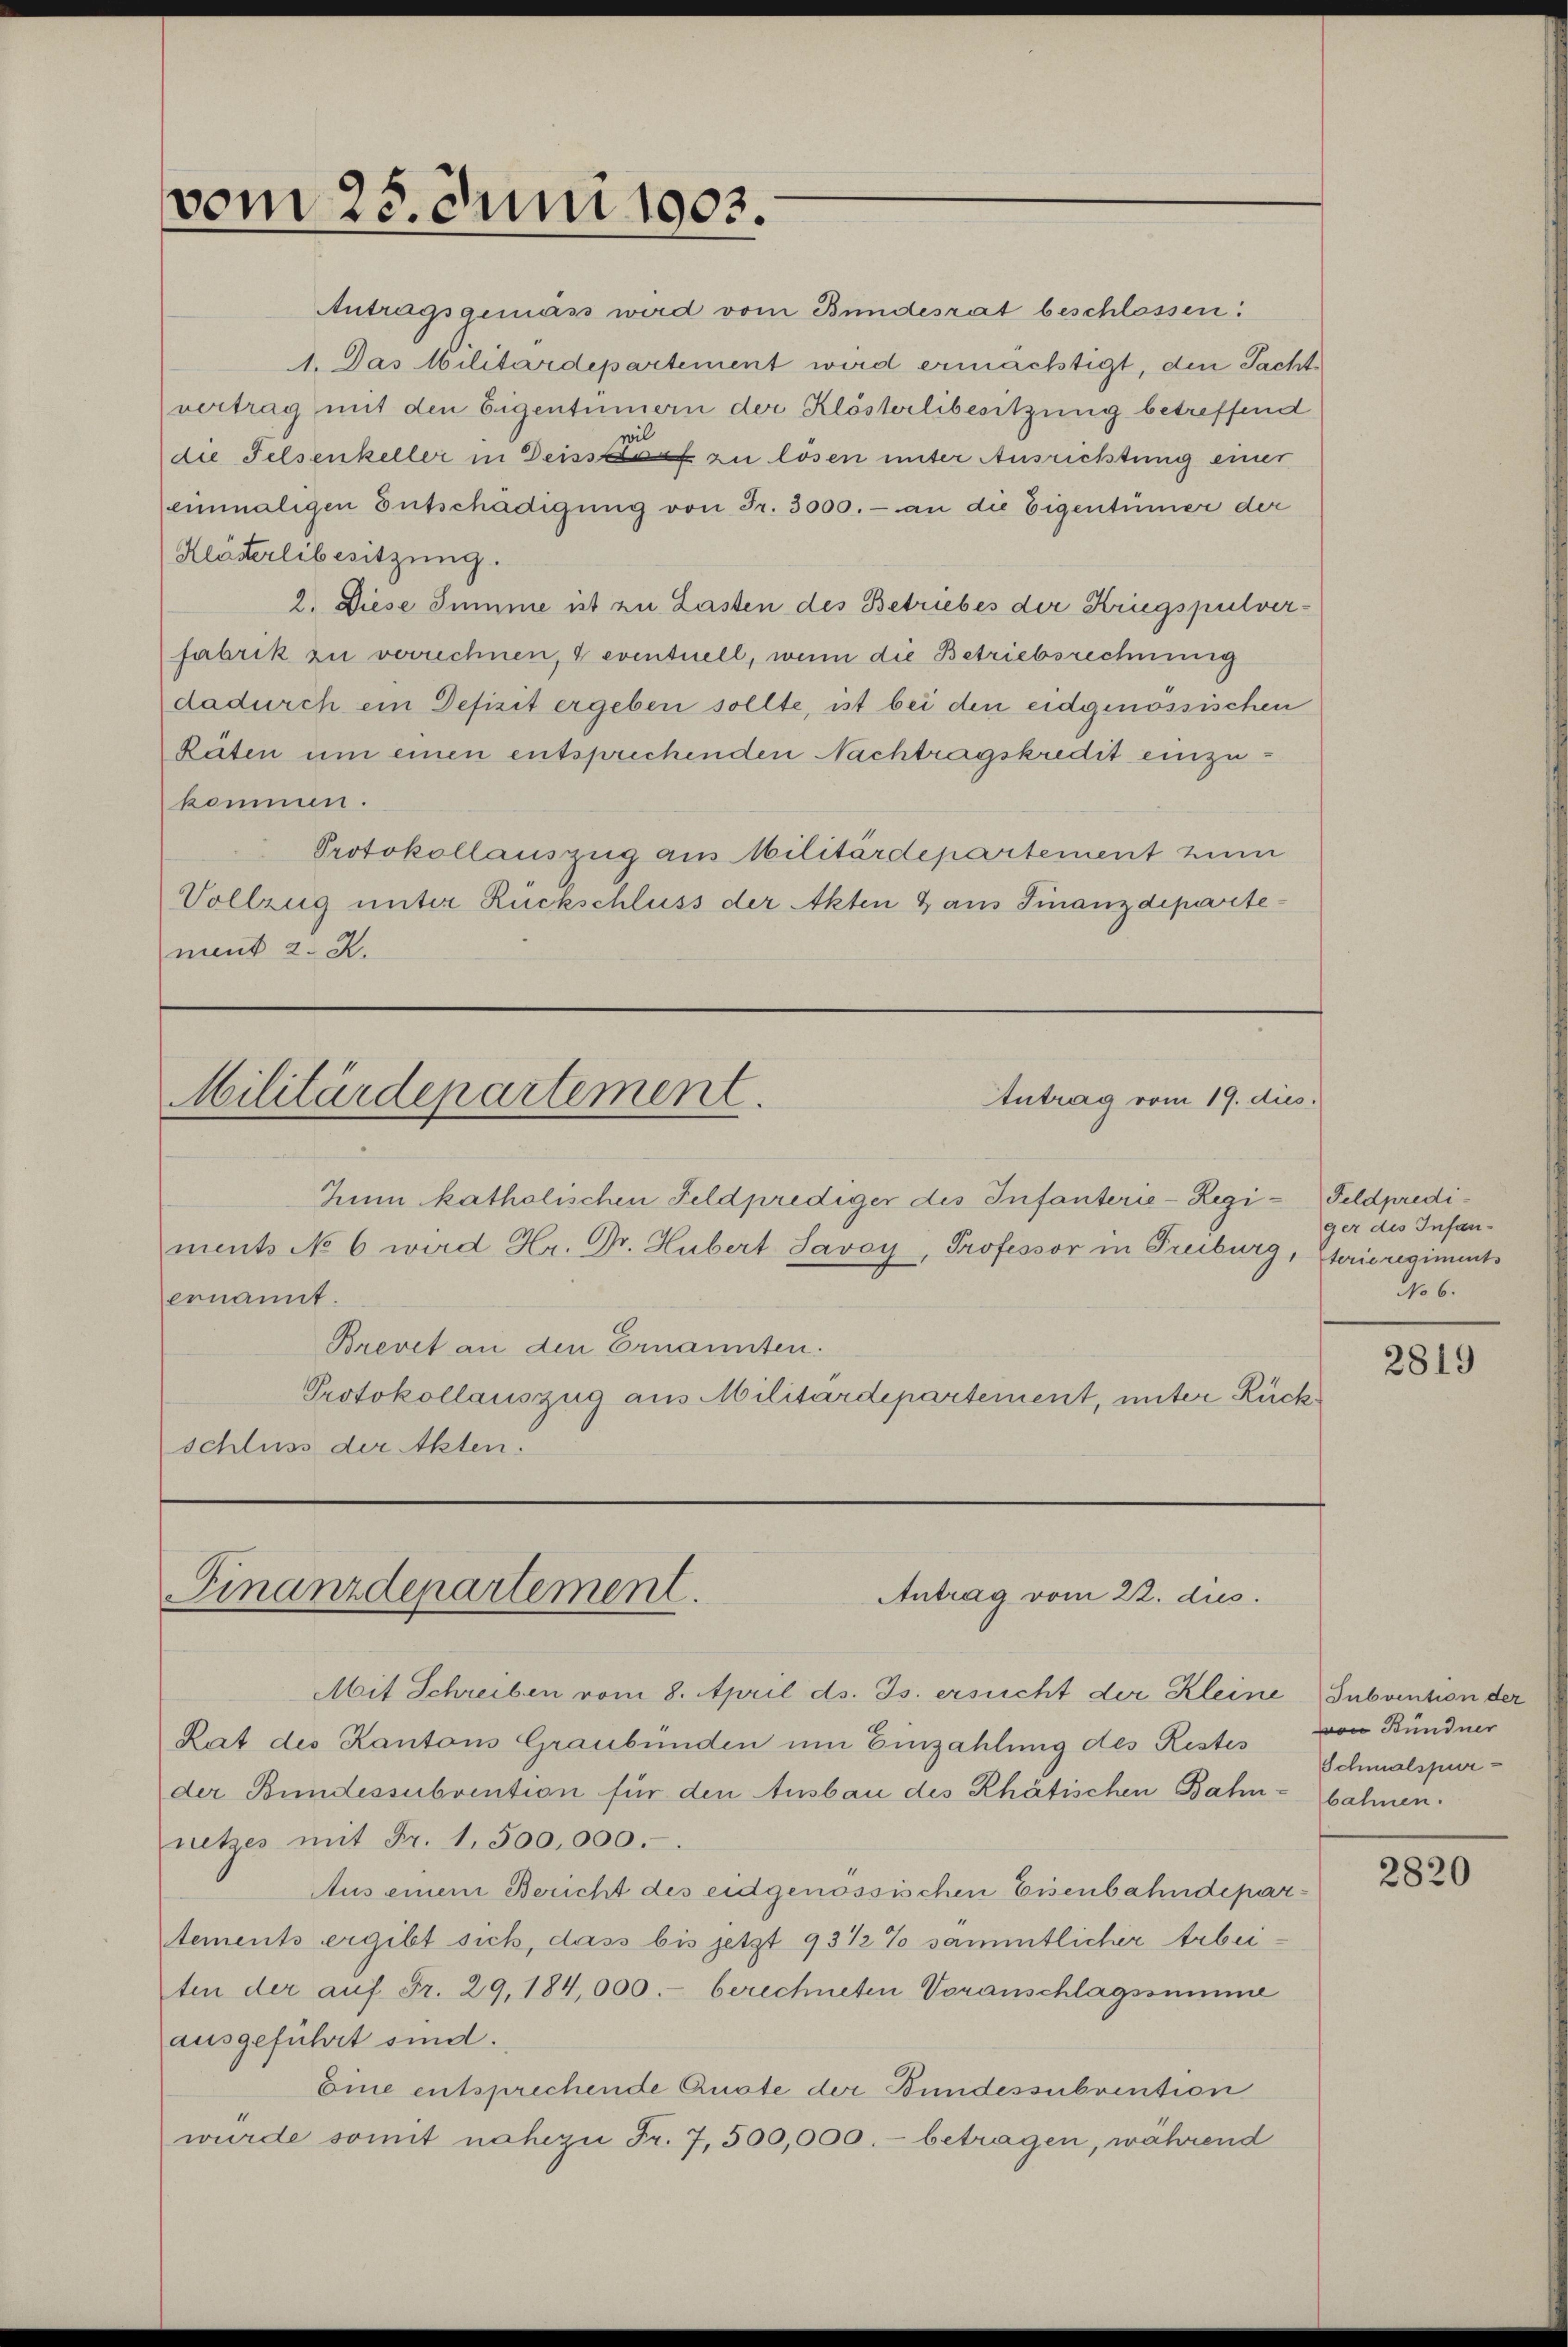
vom 25. Juni 1903.

Antragsgemäss wird vom Bundesrat beschlossen:
1. Das Militärdepartement wird ermächtigt, den Sachte
vertrag mit den Eigentümern der Klösterlibesitzung betreffend
wil
die Felsenkeller in Deiss zu lösen unter Ausrichtung einer
einmaligen Entschädigung von Fr. 3000.- an die Eigentümer der
Klästerlibesitzung.
2. Diese Summe ist zu Lasten des Betriebes der Kriegspulverfabrik zu verrechnen, & eventuell, wenn die Betriebsrechnung
dadurch ein Defizit ergeben sollte, ist bei den eidgenössischen
Räten um einen entsprechenden Nachtragskredit einzukommen.
Protokollauszug aus Militärdepartement zum
Vollzug unter Rückschluss der Akten & aus Finanzdepartement 2. X.

Antrag vom 19. dies
Militärdepartement.

Zum katholischen Feldprediger des Infanterie-Regi- Feldprediments No 6 wird Hr. Dr. Hubert Savoy, Professor in Freiburg, Sterieregiments
ernannt.
Brevet an den Ernannten.
Protokollauszug aus Militärdepartement, unter Rückschluss der Akten.

Finanzdepartement.
Antrag vom 22. dies

Mit Schreiben vom 8. April ds. Js. ersucht der Kleine Subvention der
Lat des Kantons Graubünden um Einzahlung des Restes
der Bundessubvention für den Ausbau des Rhätischen Bahn-bahnen.
netzes mit Fr. 1,500,000.
Aus einem Bericht des eidgenössischen Eisenbahndepartements ergibt sich, dass bis jetzt 93 1/2% sämmtlicher Arbeiten der auf Fr. 29,184,000.- berechneten Voranschlagssumme
ausgeführt sind.
Eine entsprechende Quote der Bundessubvention
wurde somit nahezu Fr. 7,500,000.- betragen, während

ger des Infan¬
No 6.

2819

von Bündner
Schmalspur-

2820